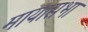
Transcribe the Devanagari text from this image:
मायासभा